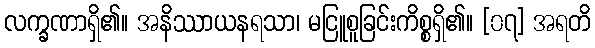
လက္ခဏာရှိ၏။ အနိဿာယနရသာ၊ မငြူစူခြင်းကိစ္စရှိ၏။ [၀၇] အရတိ